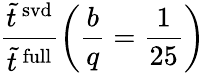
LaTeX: \frac{\tilde{t}^{\mathrm{\, svd}}}{\tilde{t}^{\mathrm{\, full}}}\left(\frac{b}{q}=\frac{1}{25}\right)